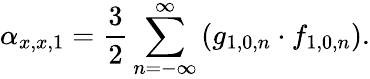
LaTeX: \displaystyle\alpha_{x,x,1}=\frac{3}{2}\sum_{n=-\infty}^{\infty}\left(g_{1,0,n}\cdot f_{1,0,n}\right).